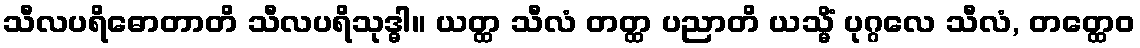
သီလပရိဓောတာတိ သီလပရိသုဒ္ဓါ။ ယတ္ထ သီလံ တတ္ထ ပညာတိ ယသ္မိံ ပုဂ္ဂလေ သီလံ, တတ္ထေဝ